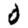
Digit: 0